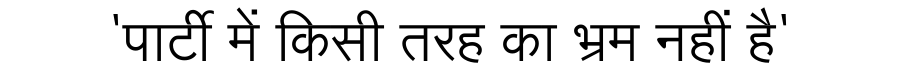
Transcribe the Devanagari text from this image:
'पार्टी में किसी तरह का भ्रम नहीं है'